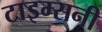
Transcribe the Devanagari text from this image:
टाइम्सनी